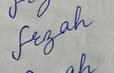
Signature authenticity: forged